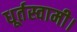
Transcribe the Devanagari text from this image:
धूर्तस्वामी।